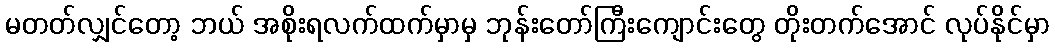
မတတ်လျှင်တော့ ဘယ် အစိုးရလက်ထက်မှာမှ ဘုန်းတော်ကြီးကျောင်းတွေ တိုးတက်အောင် လုပ်နိုင်မှာ